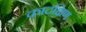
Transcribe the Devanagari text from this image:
कादक्षिण